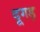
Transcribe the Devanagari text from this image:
दूगड़